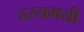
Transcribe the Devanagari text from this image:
हस्यमयी